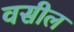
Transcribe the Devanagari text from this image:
वसील